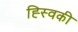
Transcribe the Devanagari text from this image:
ह्स्विकी